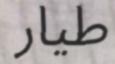
طيار